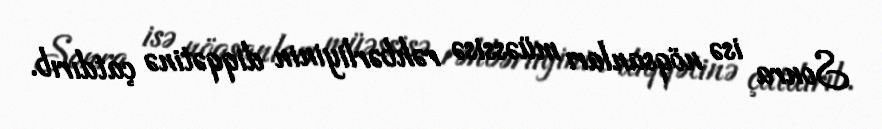
Sonra isə nöqsanları müəssisə rəhbərliyinin diqqətinə çatdırıb.